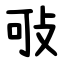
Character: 㪃